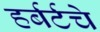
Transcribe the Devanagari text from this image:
हर्बर्टचे